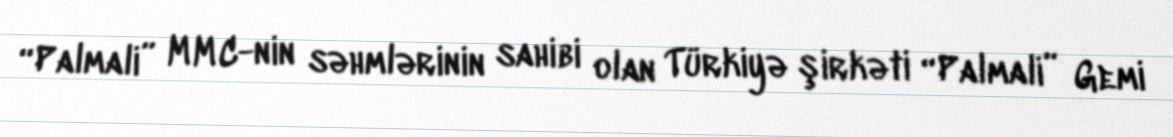
“Palmali” MMC-nin səhmlərinin sahibi olan Türkiyə şirkəti “Palmali” Gemi